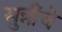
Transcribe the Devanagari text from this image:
सुन्नींचे